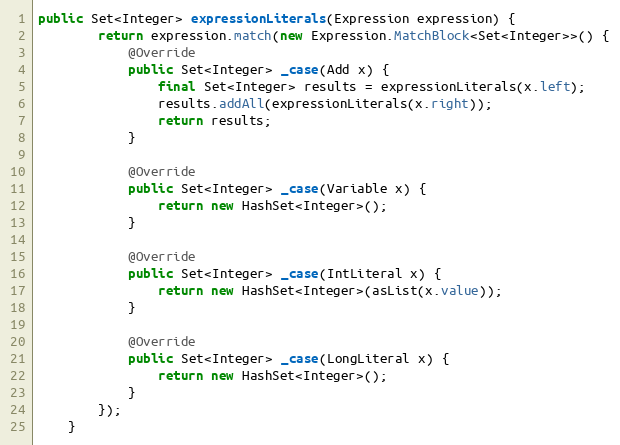
Language: Java
public Set<Integer> expressionLiterals(Expression expression) {
        return expression.match(new Expression.MatchBlock<Set<Integer>>() {
            @Override
            public Set<Integer> _case(Add x) {
                final Set<Integer> results = expressionLiterals(x.left);
                results.addAll(expressionLiterals(x.right));
                return results;
            }

            @Override
            public Set<Integer> _case(Variable x) {
                return new HashSet<Integer>();
            }

            @Override
            public Set<Integer> _case(IntLiteral x) {
                return new HashSet<Integer>(asList(x.value));
            }

            @Override
            public Set<Integer> _case(LongLiteral x) {
                return new HashSet<Integer>();
            }
        });
    }